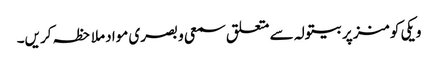
ویکی کومنز پر بیتولہ سے متعلق سمعی و بصری مواد ملاحظہ کریں۔